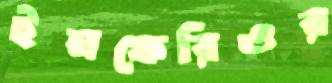
ইনফেরিওর